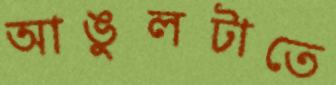
আঙুলটাতে